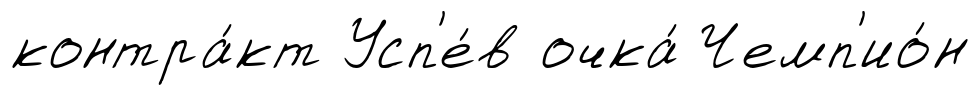
контра́кт Усп'е́в очка́ Чемп'ио́н